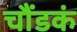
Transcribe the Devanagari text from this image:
चौंडकं